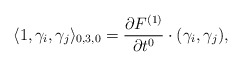
\begin{align*}\langle 1,\gamma_i,\gamma_j\rangle_{0,3,0}=\frac{\partial F^{(1)}}{\partial t^0}\cdot(\gamma_i,\gamma_j),\end{align*}